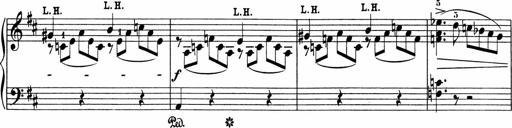
Title: 5 Sonatinen fÃ¼r die Jugend
Composer: Carl Reinecke